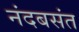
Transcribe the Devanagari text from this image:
नंदबसंत